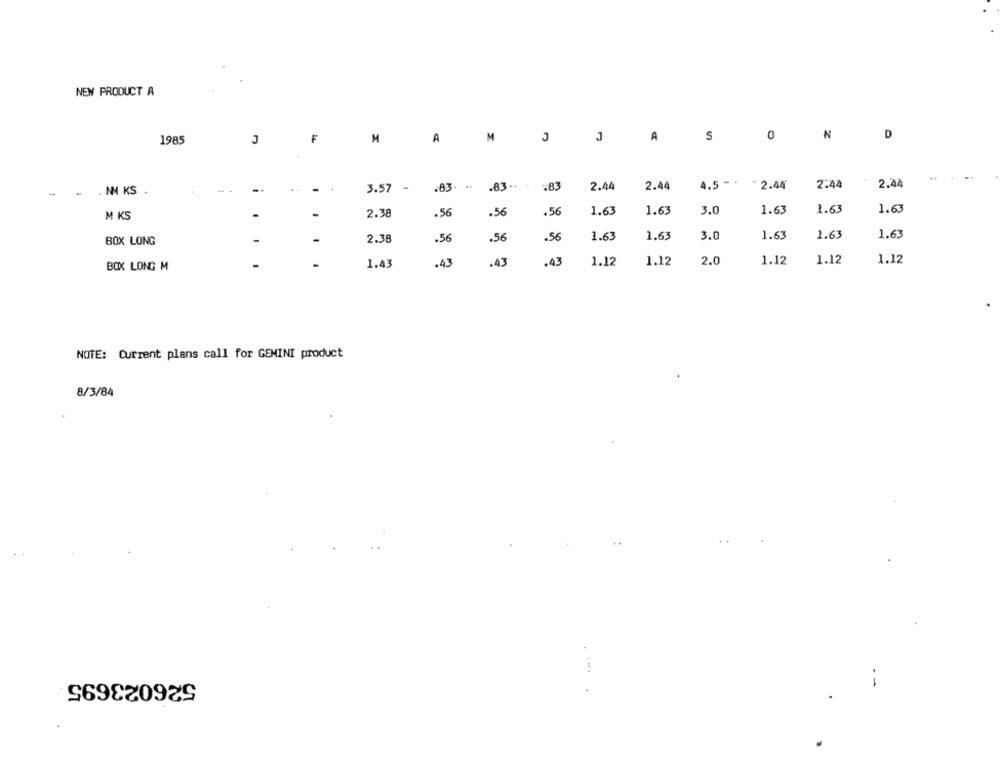
NEW PRODUCT A
F
M
J
J
A
S
0
N
D
1985
J
M
A
. NM KS
3.57
.83. ..
.83 ...
¥83
2.44
2.44
4.5 -.
2.44
2:44
2.44
-
2.38
.56
.56
.56
1.63
1.63
3.0
1.63
1.63
1.63
M KS
.56
1.63
1.63
3.0
1.63
1.63
1.63
BOX LONG
2.38
.56
.56
BOX LONG M
1.43
.43
.43
.43
1.12
1.12
2.0
1.12
1.12
1.12
NOTE: Current plans call for GEMINI product
8/3/84
526023695
...